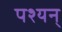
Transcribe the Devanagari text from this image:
पश्यन्